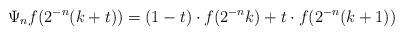
LaTeX: \begin{align*} \Psi_n f(2^{-n}(k+t)) = (1-t)\cdot f(2^{-n}k) + t\cdot f(2^{-n}(k+1))\end{align*}